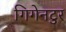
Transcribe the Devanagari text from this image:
गिगेनटुर